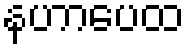
နဟာပေထ